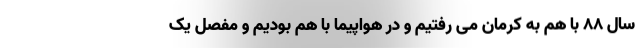
سال 88 با هم به کرمان می رفتیم و در هواپیما با هم بودیم و مفصل یک